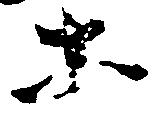
等